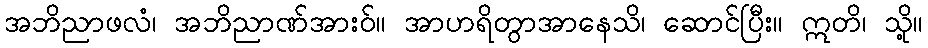
အဘိညာဖလံ၊ အဘိညာဏ်အားဝ်။ အာဟရိတွာအာနေသိ၊ ဆောင်ပြီး။ ဣတိ၊ သို့။